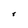
Character: r